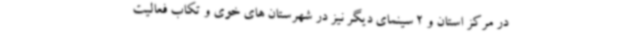
در مرکز استان و 2 سینمای دیگر نیز در شهرستان های خوی و تکاب فعالیت